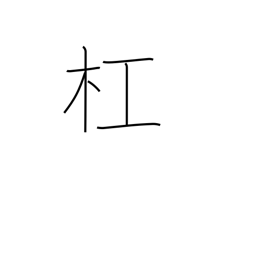
Meaning: carry on the shoulder